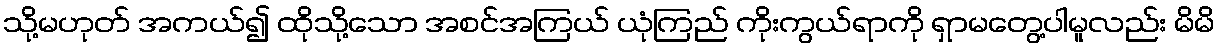
သို့မဟုတ် အကယ်၍ ထိုသို့သော အစင်အကြယ် ယုံကြည် ကိုးကွယ်ရာကို ရှာမတွေ့ပါမူလည်း မိမိ